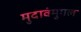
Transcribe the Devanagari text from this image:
मुदावंमुगल